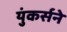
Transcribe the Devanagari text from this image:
युंकर्सने